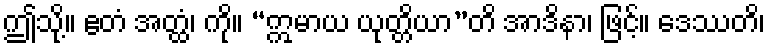
ဤသို့။ ဧတံ အတ္ထံ၊ ကို။ “ဣမာယ ယုတ္တိယာ”တိ အာဒိနာ၊ ဖြင့်။ ဒေဿတိ၊